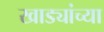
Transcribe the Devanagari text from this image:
खाड्यांच्या